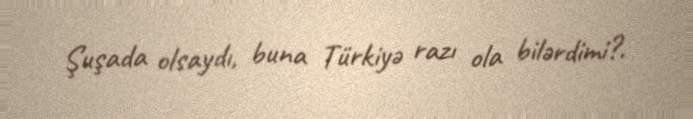
Şuşada olsaydı, buna Türkiyə razı ola bilərdimi?.